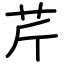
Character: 芹